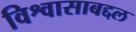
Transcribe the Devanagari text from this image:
विश्वासाबद्दल